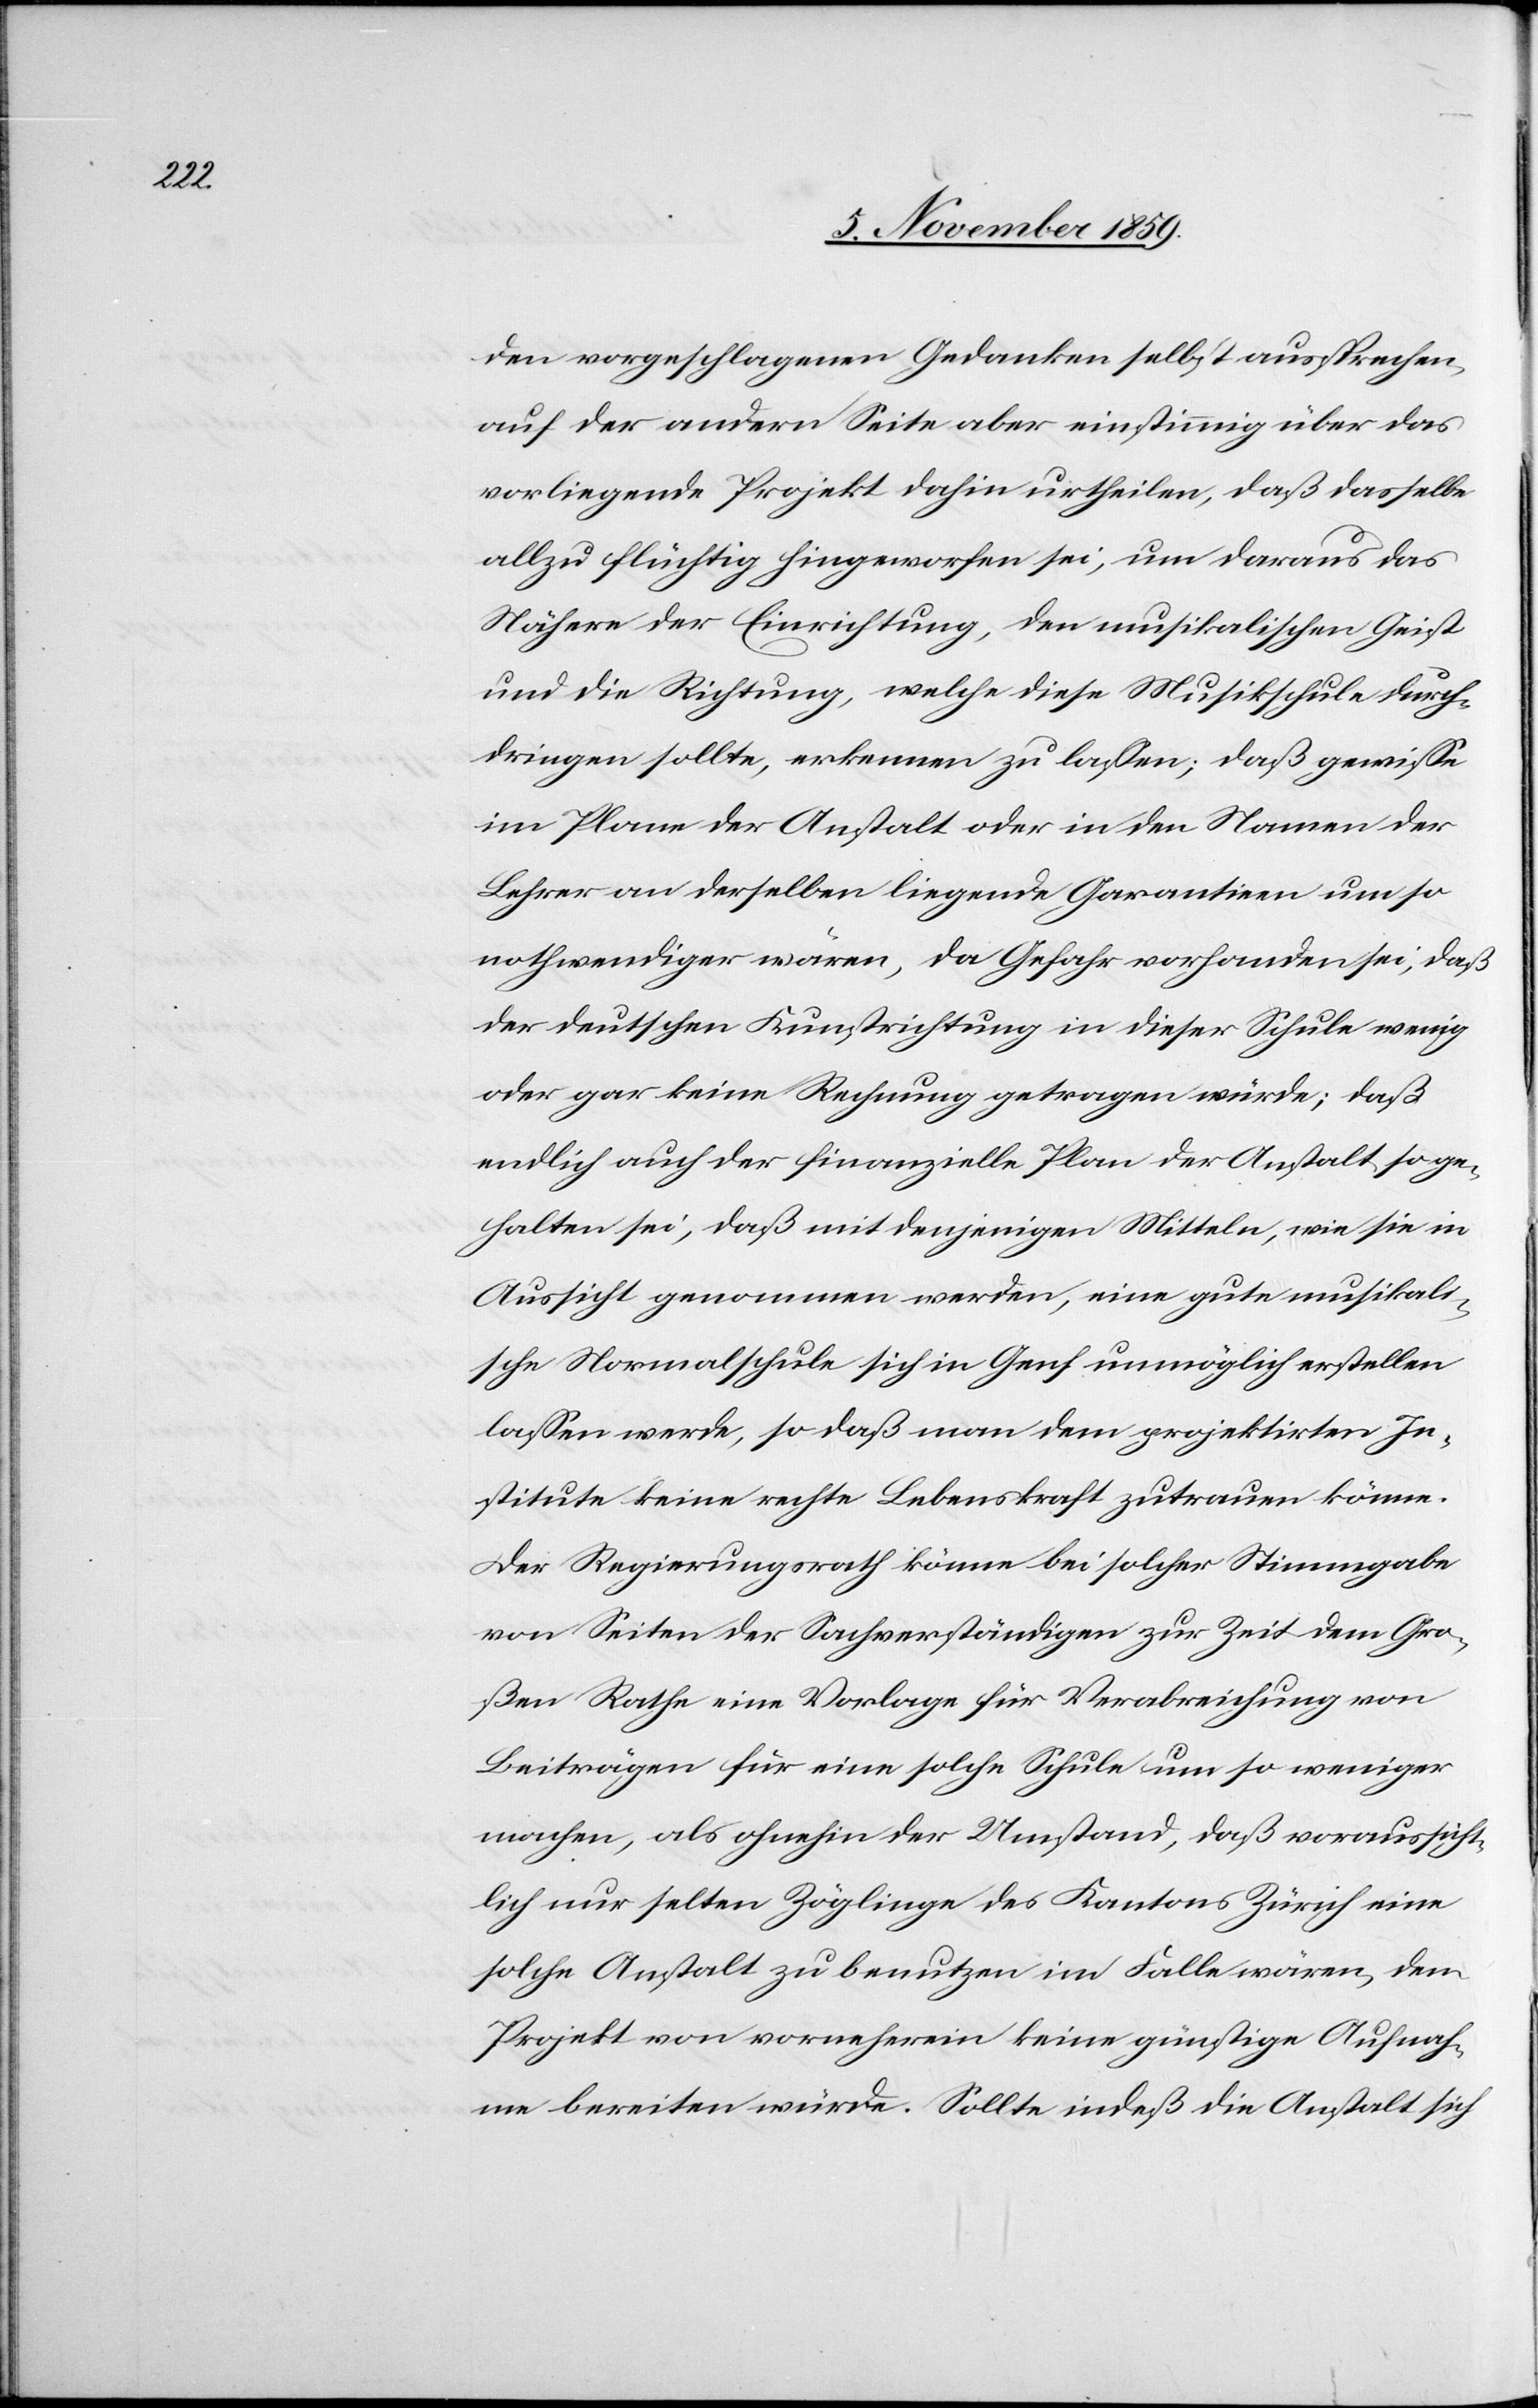
den vorgeschlagenen Gedanken selbst aussprechen,
auf der anderen Seite aber einstimmig über das
vorliegende Projekt dahin urtheilten, daß dasselbe
allzu flüchtig hingeworfen sei, um daraus das
Nähere der Einrichtung, den musikalischen Geist
und die Richtung, welche diese Musikschule durch¬
dringen sollte, erkennen zu lassen; daß gewisse
im Plane der Anstalt oder in den Namen der
Lehrer an derselben liegende Garantien um so
nothwendiger wären, da Gefahr vorhanden sei, daß
der deutschen Kunstrichtung in dieser Schule wenig
oder gar keine Rechnung getragen würde; daß
endlich auch der finanzielle Plan der Anstalt so ge¬
halten sei, daß mit denjenigen Mitteln, wie sie in
Aussicht genommen werden, eine gute musikali¬
sche Normalschule sich in Genf unmöglich erstellen
lassen werde, so daß man dem projektirten In¬
stitute keine rechte Lebenskraft zutrauen könne.
Der Regierungsrath könne bei solcher Stimmgabe
von Seiten der Sachverständigen zur Zeit dem Gro¬
ßen Rathe eine Vorlage für Verabreichung von
Beiträgen für eine solche Schule um so weniger
machen, als ohnehin der Umstand, daß voraussicht¬
lich nur selten Zöglinge des Kantons Zürich eine
solche Anstalt zu benutzen im Falle wären, dem
Projekt von vorneherein keine günstige Aufnah¬
me bereiten würde. Sollte indeß die Anstalt sich